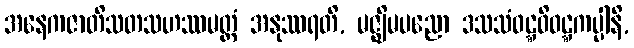
အနေကဇာတိသတသဟဿမတ္တံ အနုဿရတိ, မဇ္ဈိမပညော ဒသသံဝဋ္ဋဝိဝဋ္ဋကပ္ပါနိ,